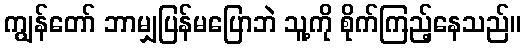
ကျွန်တော် ဘာမျှပြန်မပြောဘဲ သူ့ကို စိုက်ကြည့်နေသည်။